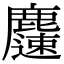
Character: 𪋝